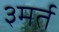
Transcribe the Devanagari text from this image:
३मर्त